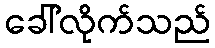
ခေါ်လိုက်သည်